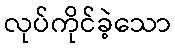
လုပ်ကိုင်ခဲ့သော